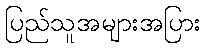
ပြည်သူအများအပြား